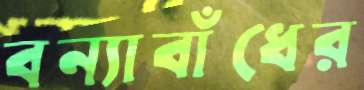
বন্যাবাঁধের